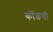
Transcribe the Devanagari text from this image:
कॊंकणी